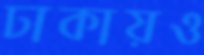
ঢাকায়ও